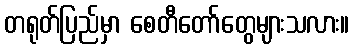
တရုတ်ပြည်မှာ စေတီတော်တွေများသလား။